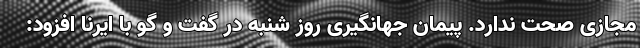
مجازی صحت ندارد. پیمان جهانگیری روز شنبه در گفت و گو با ایرنا افزود: